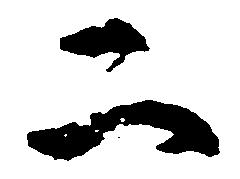
二